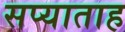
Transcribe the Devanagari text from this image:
सप्याताह